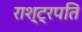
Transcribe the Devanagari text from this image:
राश्ट्रपति